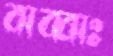
বাব্বাঃ